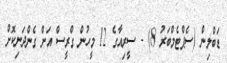
ޑަބްލިން (ސެޕްޓެމްބަރު 8) - ސީރިއާގެ 12 މީހުން ގްރީސް އަށް ގެންދަނިކޮށް